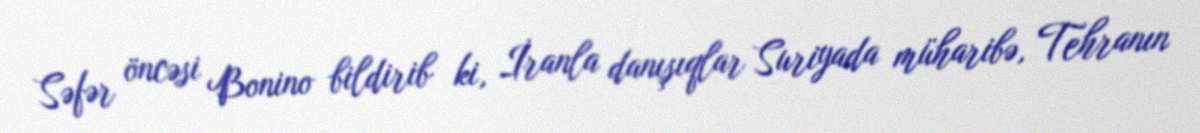
Səfər öncəsi Bonino bildirib ki, İranla danışıqlar Suriyada müharibə, Tehranın